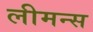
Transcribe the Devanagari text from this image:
लीमन्स